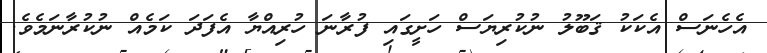
އެހެނަސް އެކަކު ޤަބޫލު ނުކުރިޔަސް ހަށީގައި ފުރާނަ ހުރިއްޔާ އެފަދަ ކަމެއް ނުކުރާނަމެވެ.